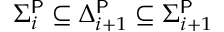
\Sigma _ { i } ^ { \mathsf { P } } \subseteq \Delta _ { i + 1 } ^ { \mathsf { P } } \subseteq \Sigma _ { i + 1 } ^ { \mathsf { P } }